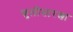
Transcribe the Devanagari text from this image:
फुलीसारखा